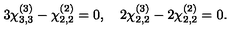
3 \chi _ { 3 , 3 } ^ { ( 3 ) } - \chi _ { 2 , 2 } ^ { ( 2 ) } = 0 , \quad 2 \chi _ { 2 , 2 } ^ { ( 3 ) } - 2 \chi _ { 2 , 2 } ^ { ( 2 ) } = 0 .